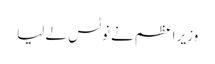
وزیر اعظم نے نوٹس لے لیا